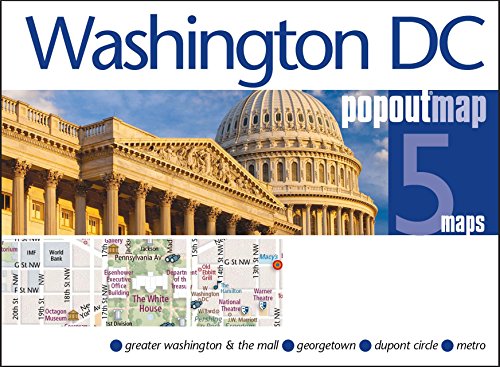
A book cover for Washington DC PopOut Map (PopOut Maps); Popout Maps; Travel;